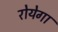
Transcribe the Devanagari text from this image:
रोयेगा